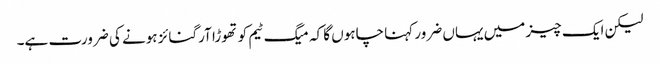
لیکن ایک چیز میں یہاں ضرور کہنا چاہوں گا کہ میگ ٹیم کو تھوڑا آرگنائز ہونے کی ضرورت ہے۔